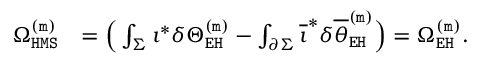
\begin{array} { r l } { \Omega _ { \mathtt { H M S } } ^ { \mathtt { ( m ) } } } & { = \Big ( \int _ { \Sigma } \imath ^ { * } \delta \Theta _ { \mathtt { E H } } ^ { \mathtt { ( m ) } } - \int _ { \partial \Sigma } \overline { { \imath } } ^ { * } \delta \overline { { \theta } } _ { \mathtt { E H } } ^ { \mathtt { ( m ) } } \Big ) = \Omega _ { \mathtt { E H } } ^ { \mathtt { ( m ) } } . } \end{array}